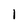
Character: l